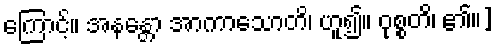
ကြောင့်။ အနန္တော အာကာသောတိ၊ ဟူ၍။ ဝုစ္စတိ၊ ၏။]